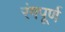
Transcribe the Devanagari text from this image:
रंगपूर्ण